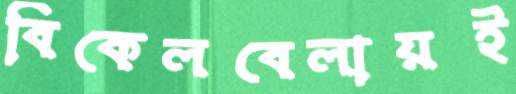
বিকেলবেলায়ই